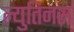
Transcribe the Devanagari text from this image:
ल्युतिनस